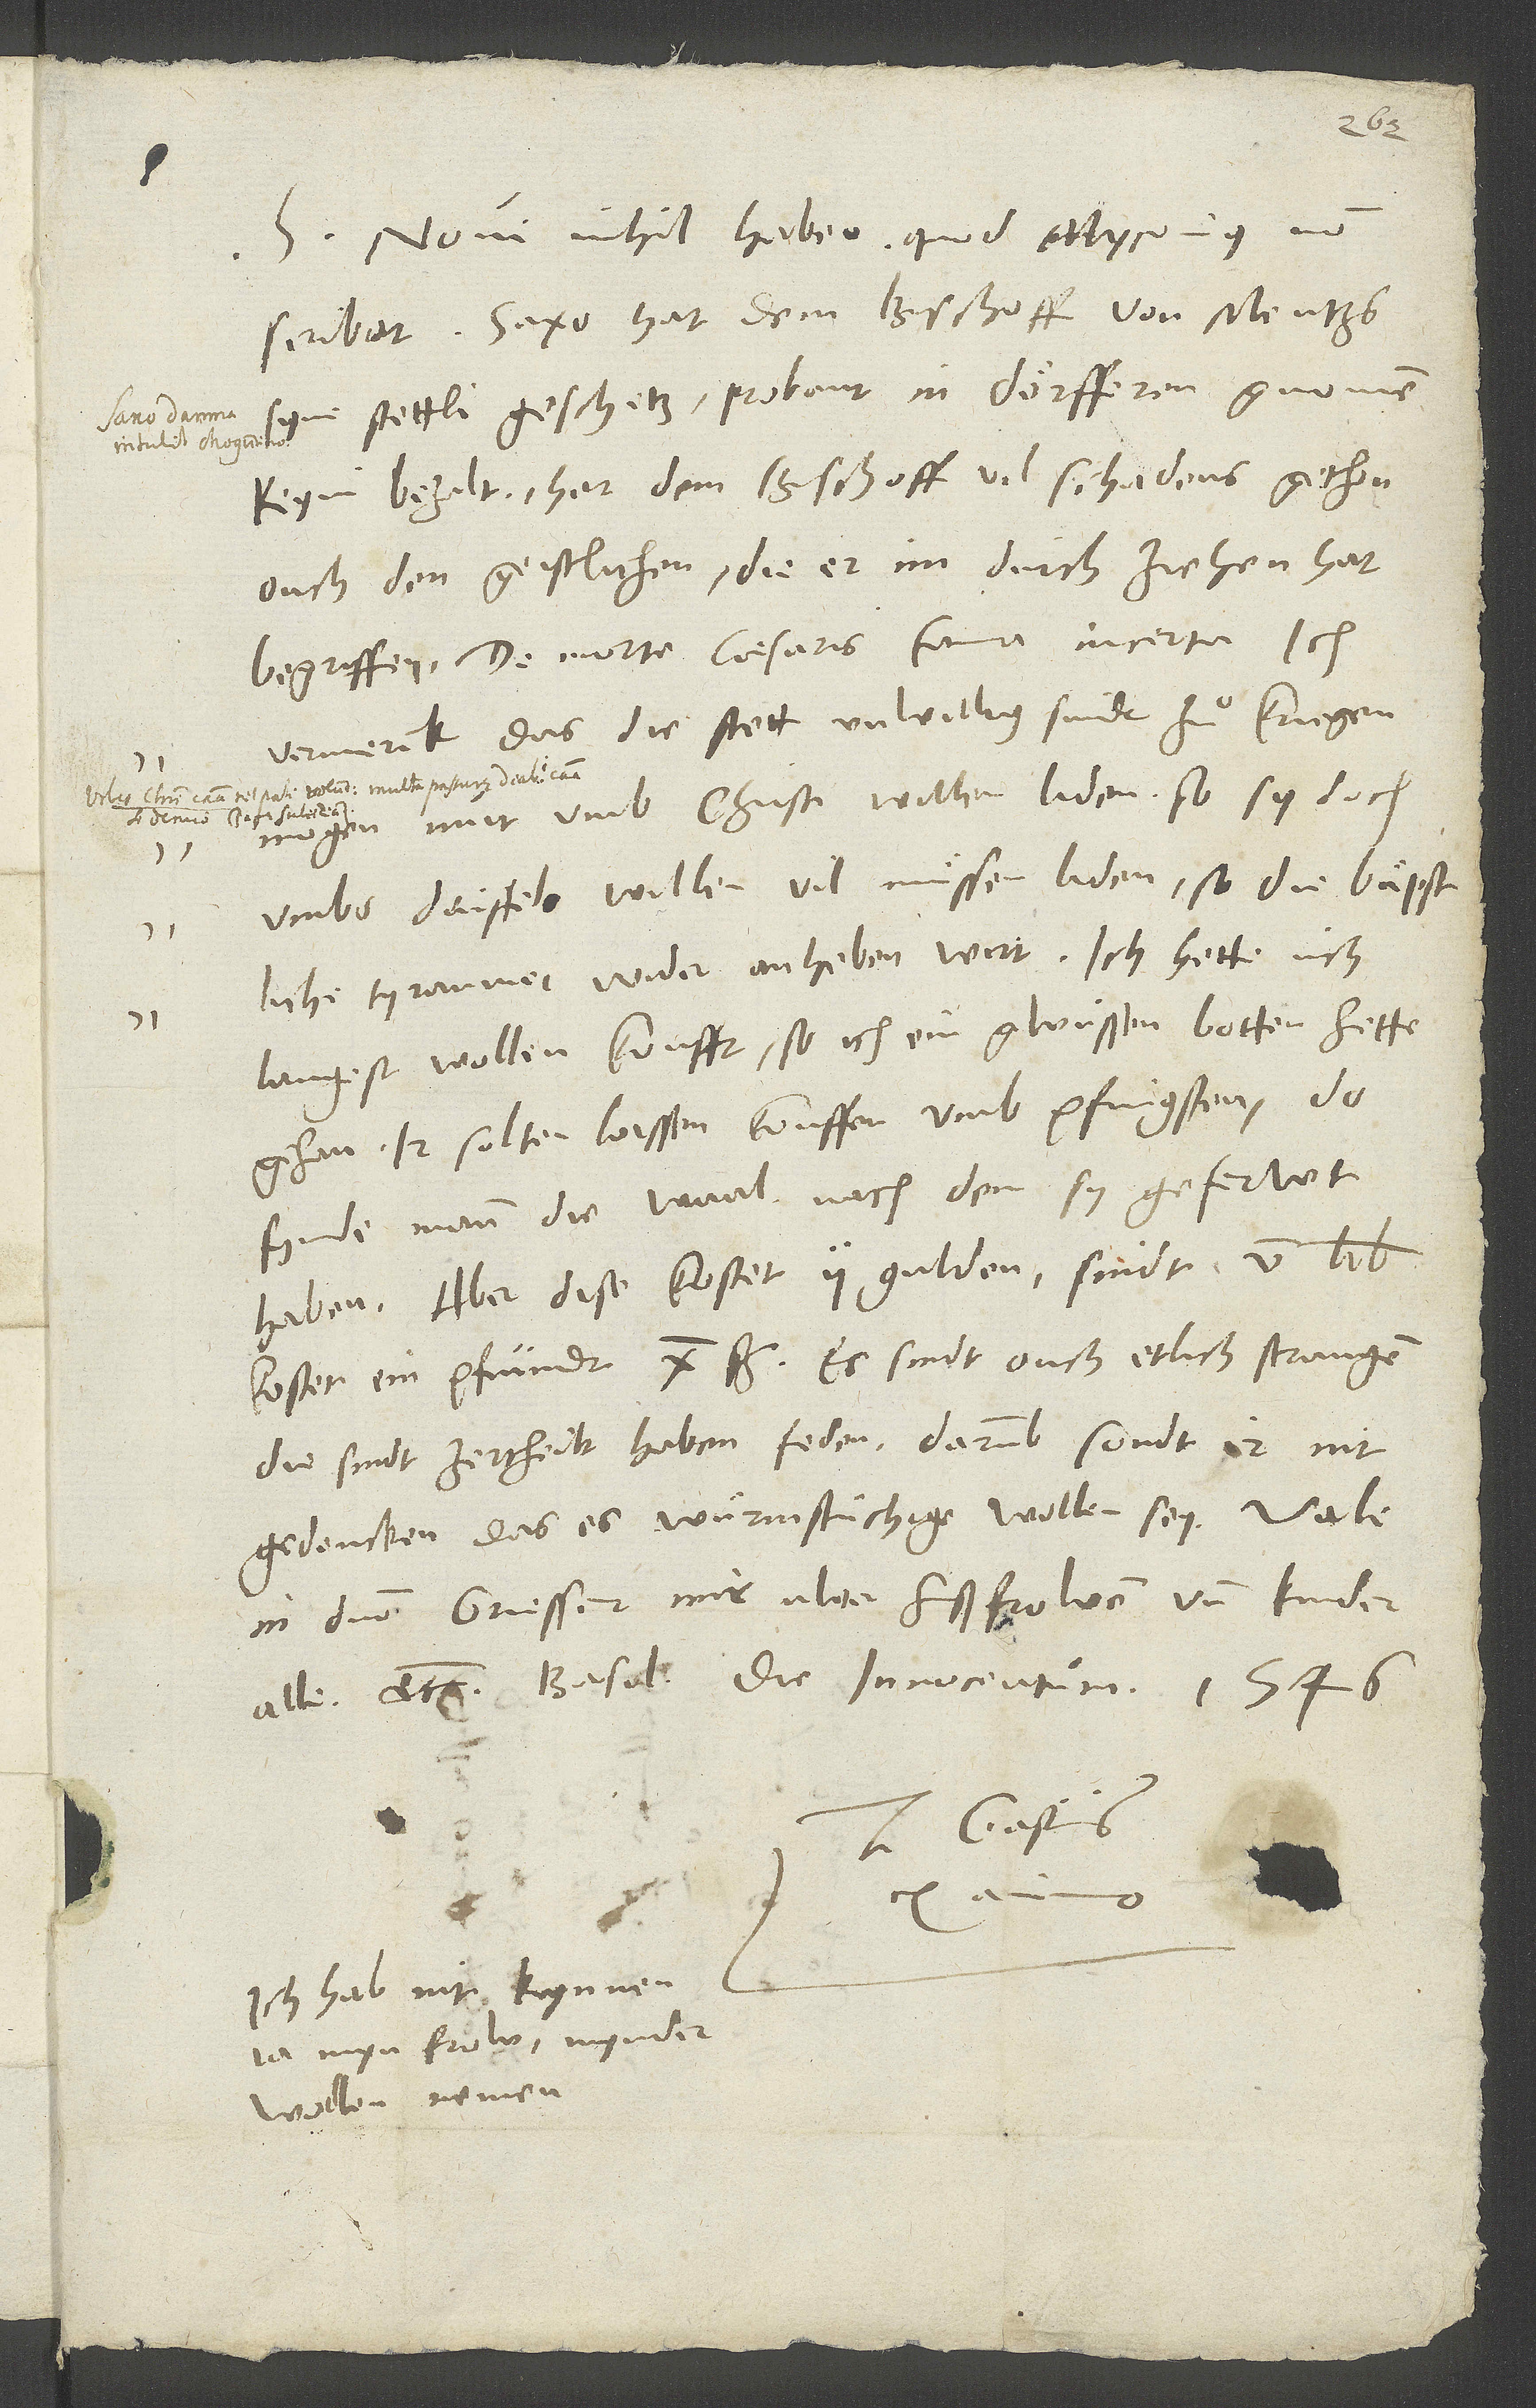
S. Novi nihil habeo, quod Myconius non
syne stettli geschetz, probant in dörfferen gnomen,
keyni bezalt. Het dem bischoff vil schadens gethon,
ouch den geistlichen, die er im durchziehen hat
vermerck, das die stett unwillig sindt zuͦ kriegen.
Moͤgen nütt umb Christi willen liden, so sy doch
umbs düffels willen vil muͤssen liden, so die baͤpstliche
langest wollen koufft, so ich ein gwüssen botten hette
gehan. Ir solten lassen kouffen umb pfingsten. Do
fynde mann die waal, nachdem sy geferwt
haben. Aber dise kostet 2 gulden. Sindt 5 lib.
Kostet ein pfundt 10 ß. Es sindt ouch etlich strangen.
Die sindt zertheilt. Haben feden. Darumb sondt ir nit
gedencken, das es wuͤrmstüchige wollen sey.
in domino. Gruesset mir ewer hußfrowen und kinder
alle, etc. Basel, die Innocentum 1546.
Tuus Gastius
Ich hab nit kynnen,
ja min frow, mynder
wollen nemen.